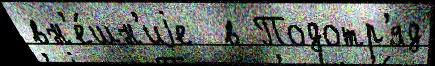
вн'е́шн'иjе  в Подотр'яд